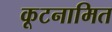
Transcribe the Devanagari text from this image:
कूटनामित